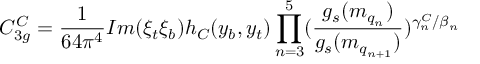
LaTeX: C _ { 3 g } ^ { C } = \frac { 1 } { 6 4 \pi ^ { 4 } } I m ( \xi _ { t } \xi _ { b } ) h _ { C } ( y _ { b } , y _ { t } ) \prod _ { n = 3 } ^ { 5 } ( \frac { g _ { s } ( m _ { q _ { n } } ) } { g _ { s } ( m _ { q _ { n + 1 } } ) } ) ^ { \gamma _ { n } ^ { C } / \beta _ { n } }